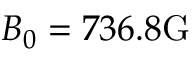
B _ { 0 } = 7 3 6 . 8 \mathrm { G }